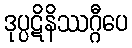
ဒုပ္ပဋိနိဿဂ္ဂီပေ